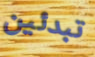
تبدئين